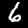
Digit: 6